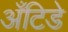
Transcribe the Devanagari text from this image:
अँटिडे